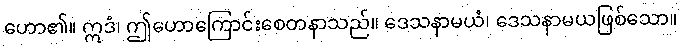
ဟော၏။ ဣဒံ၊ ဤဟောကြောင်းစေတနာသည်။ ဒေသနာမယံ၊ ဒေသနာမယဖြစ်သော။